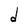
Character: d